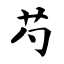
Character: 芍